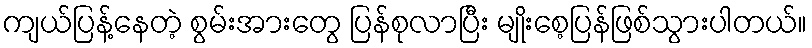
ကျယ်ပြန့်နေတဲ့ စွမ်းအားတွေ ပြန်စုလာပြီး မျိုးစေ့ပြန်ဖြစ်သွားပါတယ်။